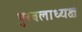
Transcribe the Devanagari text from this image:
पुरबलाध्यक्ष